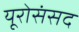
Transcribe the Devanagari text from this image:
यूरोसंसद